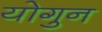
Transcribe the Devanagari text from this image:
योगुन